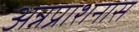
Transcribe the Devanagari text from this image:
अन्नप्राशनास